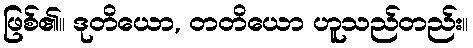
ဖြစ်၏။ ဒုတိယော, တတိယော ဟူသည်တည်း။